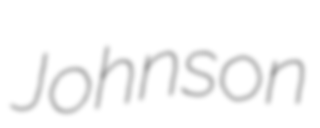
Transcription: Johnson